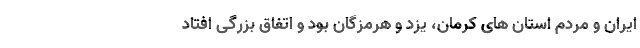
ایران و مردم استان های کرمان، یزد و هرمزگان بود و اتفاق بزرگی افتاد